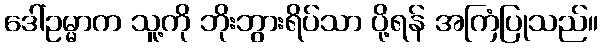
ဒေါ်ဥမ္မာက သူ့ကို ဘိုးဘွားရိပ်သာ ပို့ရန် အကြံပြုသည်။